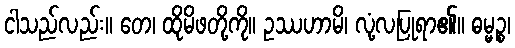
ငါသည်လည်း။ တေ၊ ထိုမိဖတို့ကို။ ဥဿဟာမိ၊ လုံ့လပြုရာ၏။ ဓမ္မဉ္စ၊